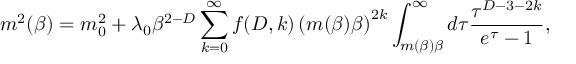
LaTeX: \ m ^ { 2 } ( \beta ) = m _ { 0 } ^ { 2 } + \lambda _ { 0 } \beta ^ { 2 - D } \sum _ { k = 0 } ^ { \infty } f ( D , k ) \left( m ( \beta ) \beta \right) ^ { 2 k } \int _ { m ( \beta ) \beta } ^ { \infty } d \tau \frac { \tau ^ { D - 3 - 2 k } } { e ^ { \tau } - 1 } ,